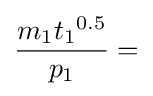
{\frac {m_{1}{t_{1}}^{0.5}}{p_{1}}}=